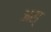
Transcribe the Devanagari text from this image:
अस्‌